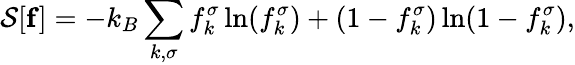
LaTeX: {\cal S}[{\mathbf f}]=-k_{B}\sum_{k,\sigma}f_{k}^{\sigma}\ln(f_{k}^{\sigma})+(1-f_{k}^{\sigma})\ln(1-f_{k}^{\sigma}),